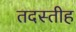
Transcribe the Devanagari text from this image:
तदस्तीह